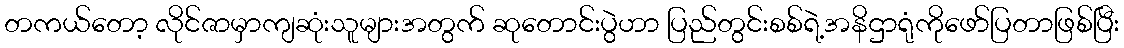
တကယ်တော့ လိုင်ဇာမှာကျဆုံးသူများအတွက် ဆုတောင်းပွဲဟာ ပြည်တွင်းစစ်ရဲ့အနိဌာရုံကိုဖော်ပြတာဖြစ်ပြီး